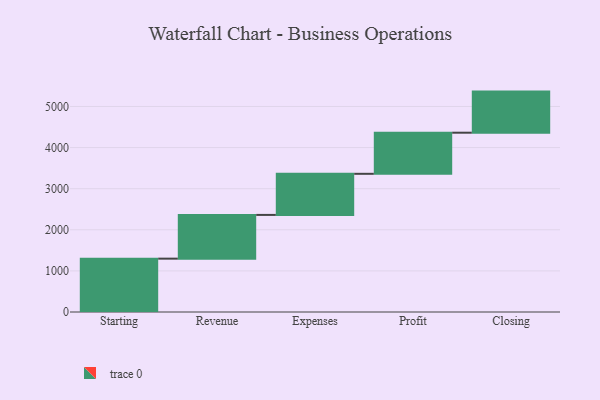
{"axis": {"x": "Step", "y": "Value"}, "legend": [""], "data": [{"x": "Starting", "y": 1298.0, "type": ""}, {"x": "Revenue", "y": 1064.0, "type": ""}, {"x": "Expenses", "y": 1000, "type": ""}, {"x": "Profit", "y": 1000, "type": ""}, {"x": "Closing", "y": 1000, "type": ""}]}